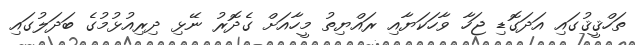
ތަހްޤީޤުގައި އަދަގޮޑި ޖަހާ ވާހަކަޔާއި ރައްޔިތު މީހާއަށް ގެދޮރު ނޭޅި ދިރިއުޅުމުގެ ބަދަލުގައި